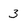
Character: 3